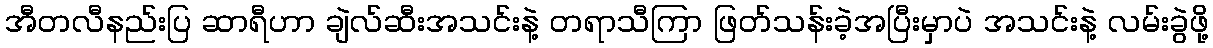
အီတလီနည်းပြ ဆာရီဟာ ချဲလ်ဆီးအသင်းနဲ့ တရာသီကြာ ဖြတ်သန်းခဲ့အပြီးမှာပဲ အသင်းနဲ့ လမ်းခွဲဖို့